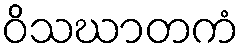
ဝိသဃာတကံ